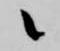
候